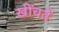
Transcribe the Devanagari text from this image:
खींचतें